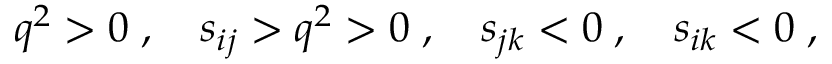
q ^ { 2 } > 0 \; , \quad s _ { i j } > q ^ { 2 } > 0 \; , \quad s _ { j k } < 0 \; , \quad s _ { i k } < 0 \; ,